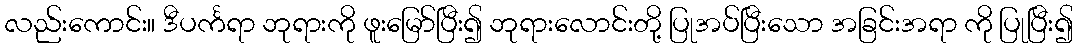
လည်းကောင်း။ ဒီပင်္ကရာ ဘုရားကို ဖူးမြော်ပြီး၍ ဘုရားလောင်းတို့ ပြုအပ်ပြီးသော အခြင်းအရာ ကို ပြုပြီး၍